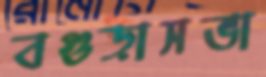
বগুড়াসভা